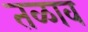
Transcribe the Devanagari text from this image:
तळाव